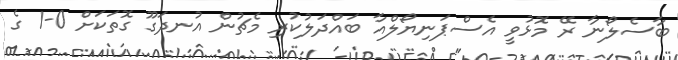
ބާސެލޯނާ ރޭ މޮޅުވީ އެސްޕަނިޔޯލްއާ ބައްދަލުކުރި މެޗުން އުނދަގޫ ގޮތަކަށް 0-1 ގެ